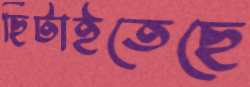
ছিটাইতেছে